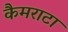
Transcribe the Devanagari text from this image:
कैमराटा